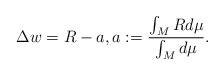
\begin{align*}\Delta w=R-a, a:=\frac{\int_MRd\mu}{\int_Md\mu}.\end{align*}